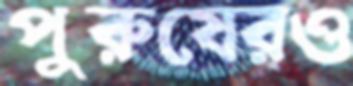
পুরুষেরও